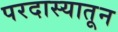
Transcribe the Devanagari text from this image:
परदास्यातून